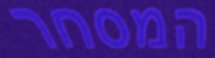
המסחר